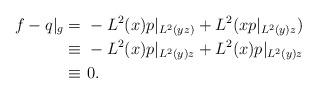
LaTeX: \begin{align*}f - q|_g =&\ - L^2(x) p|_{L^2(yz)} + L^2(x p|_{L^2(y)z}) \\\equiv &\ - L^2(x) p|_{L^2(y)z} + L^2(x) p|_{L^2(y)z} \\\equiv&\ 0.\end{align*}